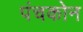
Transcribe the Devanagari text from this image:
पंचकोन